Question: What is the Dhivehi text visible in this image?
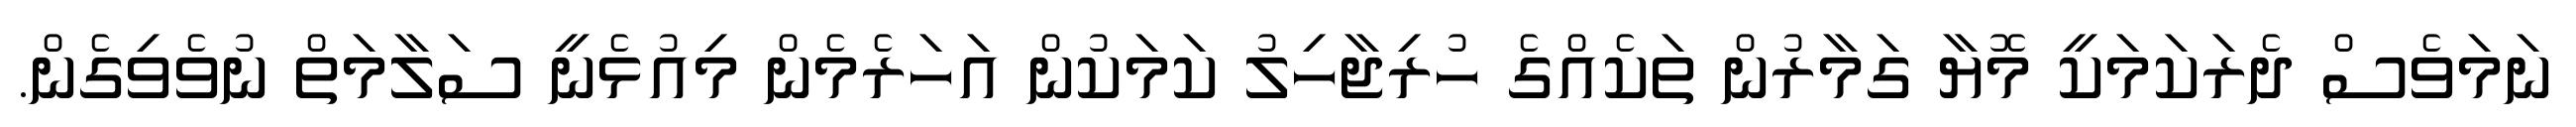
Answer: ނަމަވެސް ދެރަކަމަކީ މޮޔާ ގަމާރުން ތަކެއްގެ ހުރިޖާހިލު ކަމަކުން އަހަރެމެން މިއުޅެނީ ސަލާމަތް ނުވެވިގެން.